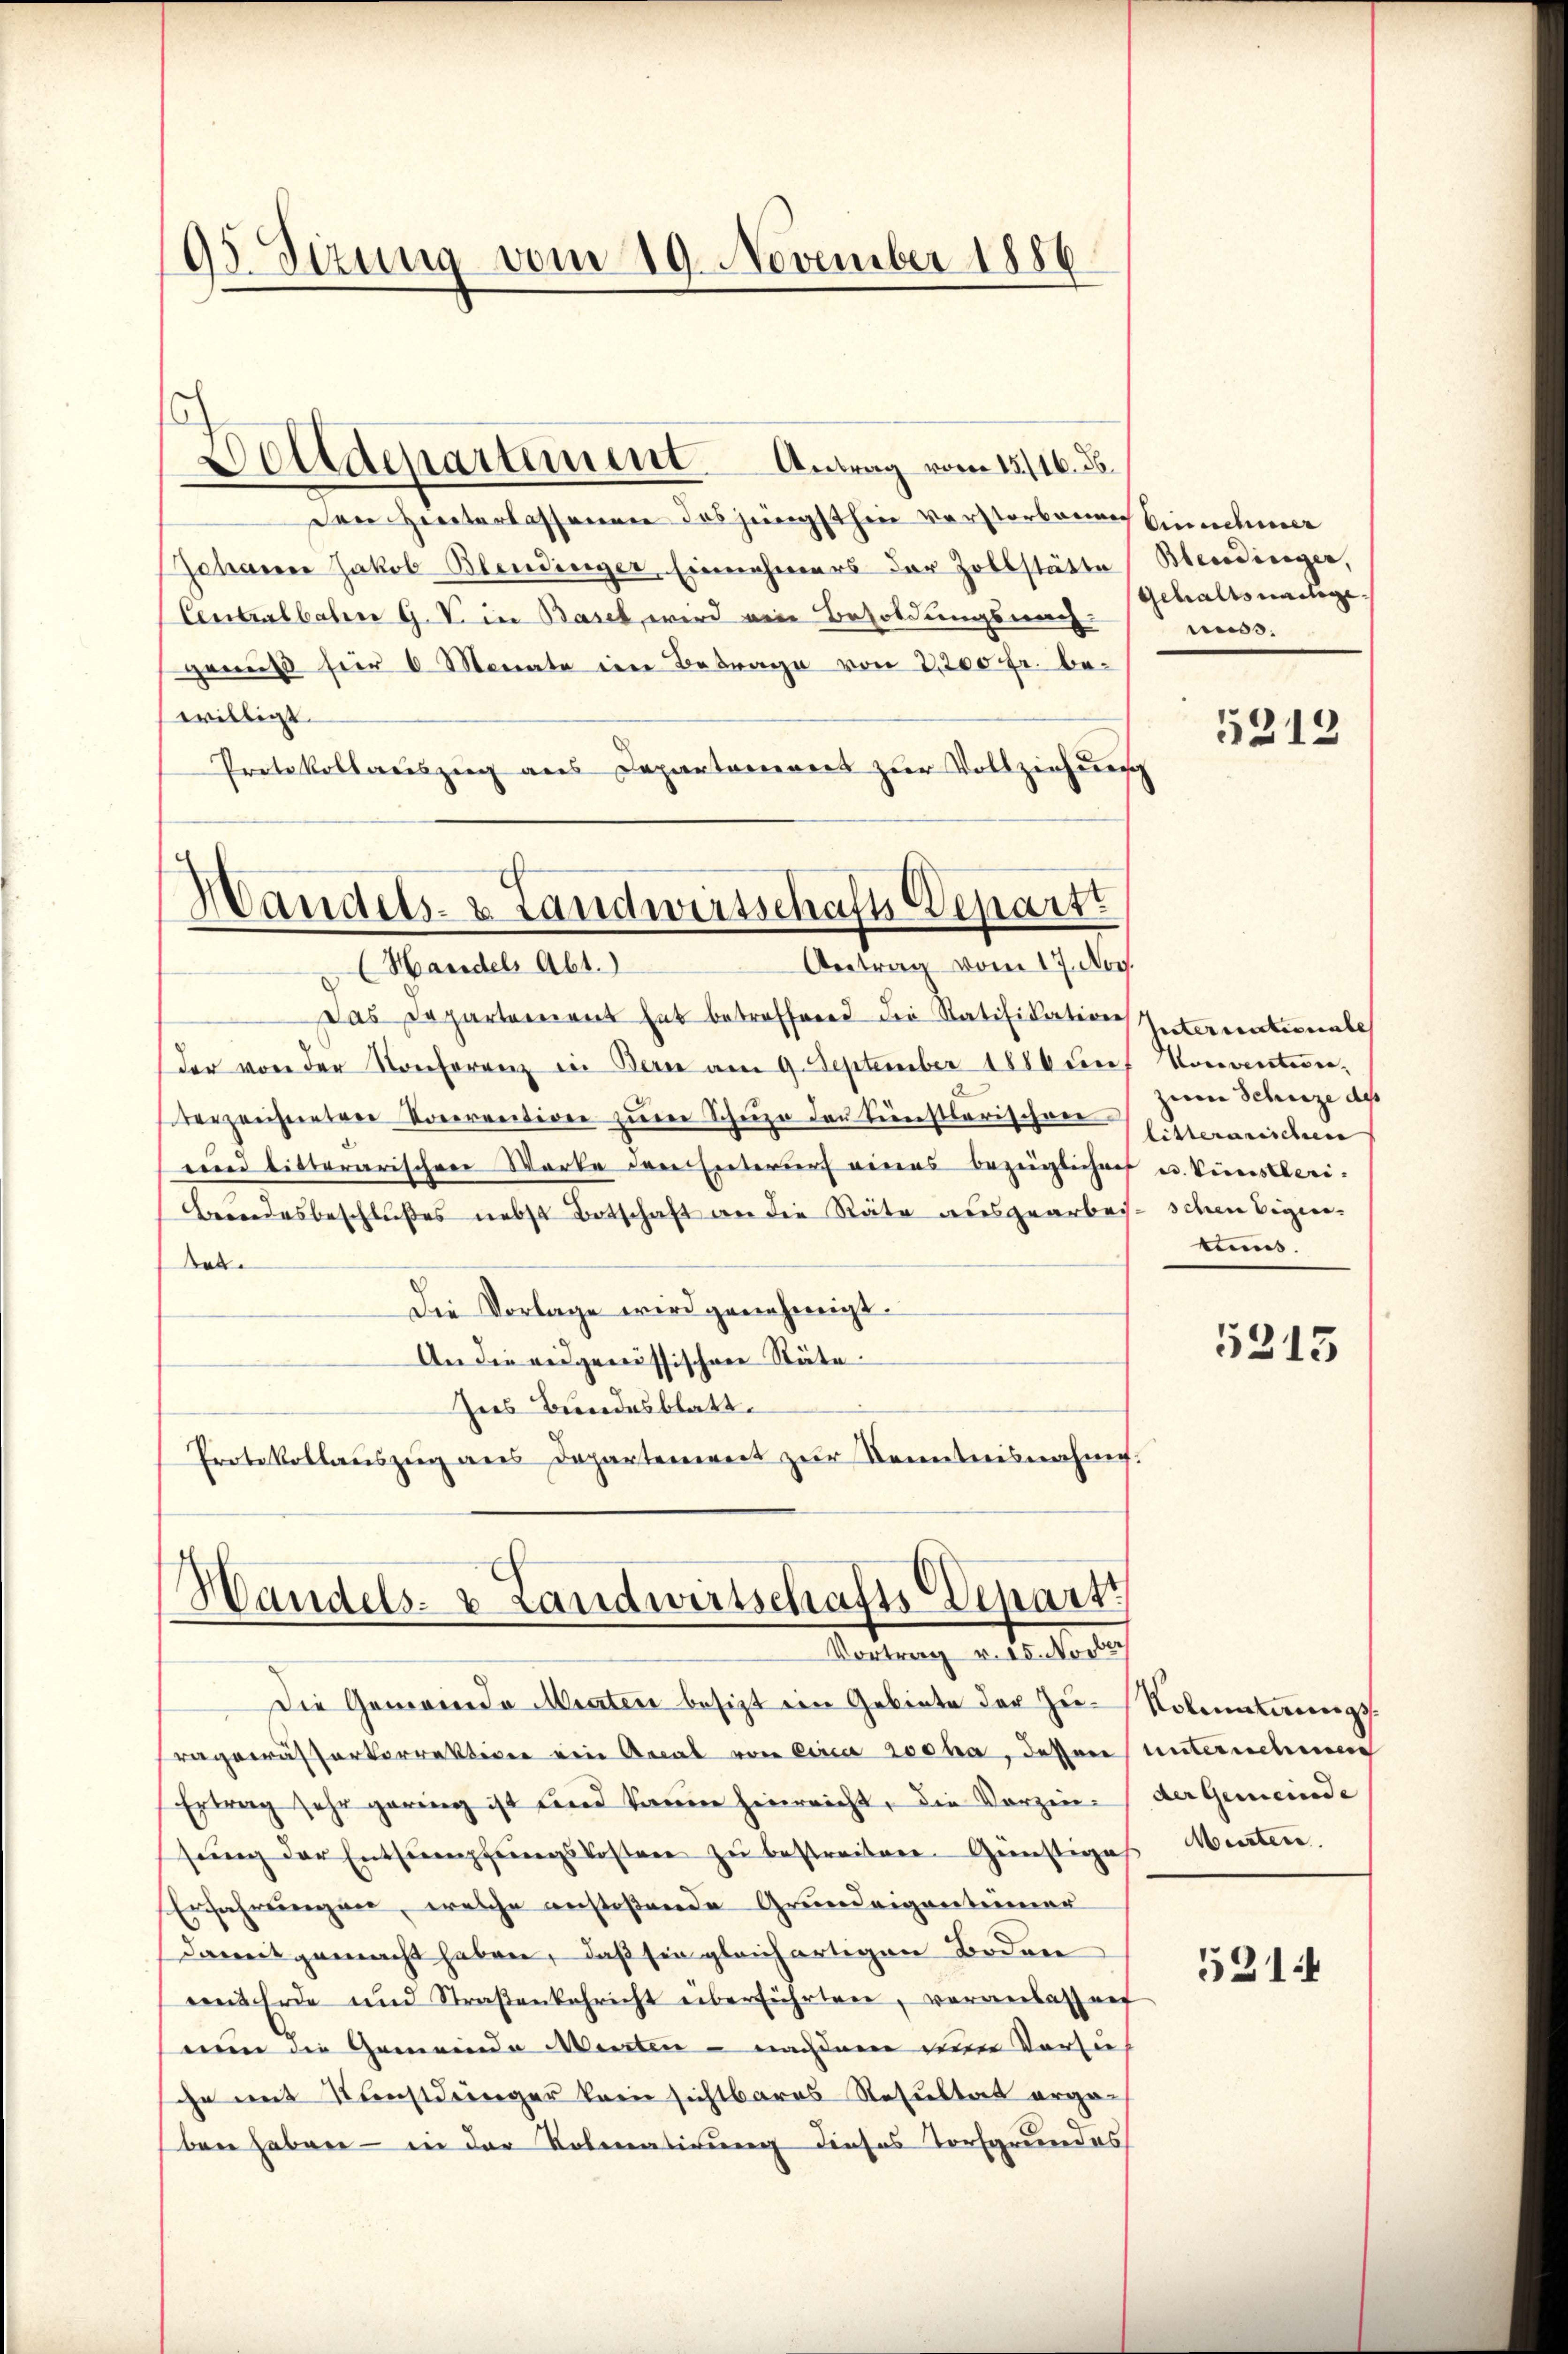
05 Sizung vom 19. November 1886

Den Hinterlassenen des jüngsthin Verstorbenen Einnehmer
Johann Jakob Blendinger Einnehmers der Zollstätte Bedinger,
Centralbahn G. V. in Basel, wird eine Besoldungsung
gewiß für 6 Monate ein Betrage von 2,200 fr. bewilligt
Protokollauszug aus Departement zur Vollziehung

Solidepartement. Antrag vom 15./16. ds.

Das Departement hat betreffend die Ratifikation Internationale
der von der Konferenz in Bern am 9. September 1886 un
terzeichnetene Vorrention zum Schuen der Fenstlerischen hieranschen
und bitterarischen Worte den Entwurf eines bezüglichen
Beendesbeschlußes nebst Botschaft an die Räte ausgearbeise schen Eigen-
Bes
Die Vorlage wird genehmigt.
An die eidgenössischen Stäte
Ins Bundesblatt.
Protokollauszug aus Departenweit zur Kenntnisnahme.

Handels- & Landwirtschafts Departt
Antrag vom 17. No.
Handels Abt.)

Handels- & Landwirtschafts Depart
Vortrag v. 15. Novbr

Die Gemeinde Mieten besitzt ein Gebiete der Zu-Nobmaterungsragewässerkorrektiven eine Aecal von eine Loska, dessen unternehmen
Ertrag sehr gering ist und kaum hinreicht, die Vorzin-
sung der Entsumpfungskosten zu bestreiben. Günstiges Menten.
Erfahrungen, welche anstoßende Grundeigentümer
daweit gemacht haben, daß sie gleichartigen Boden
emnt Erde und Straβenkehricht überführten, veranlassnef
nun die Gemeinde Menten - nachdem den Vorsieh
he mit Kunstdringer kein sichtbares Resultat erge-
ben haben – in der Kolmnatirung dieses Torfgrundes

Gehaltsnachge
mus.

5212

Hoceventier,
zum Schuze des
e. Pistleri.
tums.

5215

der Gemeinde |

521